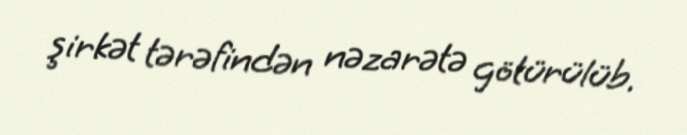
şirkət tərəfindən nəzarətə götürülüb.